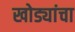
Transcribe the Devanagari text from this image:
खोड्यांचा